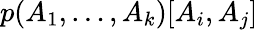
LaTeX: p(A_{1},\ldots,A_{k})[A_{i},A_{j}]